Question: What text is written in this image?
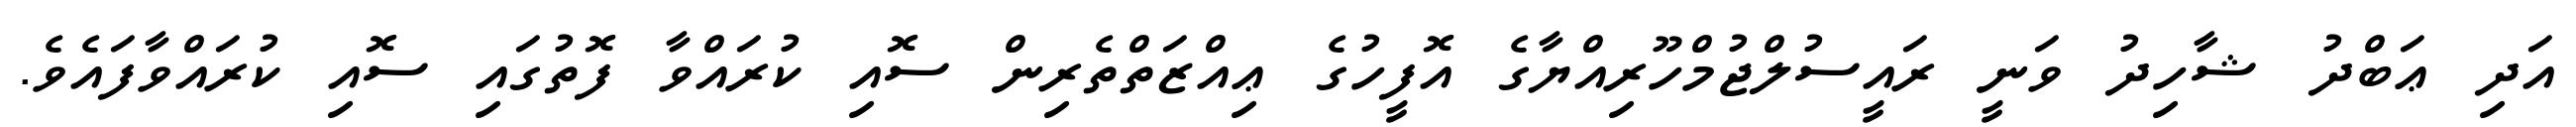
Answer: އަދި ޢަބްދު ޝާހިދު ވަނީ ރައީސުލްޖުމްހޫރިއްޔާގެ އޮފީހުގެ ޢިއްޒަތްތެރިން ސޮއި ކުރައްވާ ފޮތުގައި ސޮއި ކުރައްވާފައެވެ.